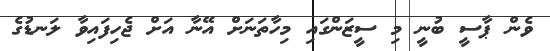
ވެން ޕާސީ ބުނީ މި ސީޒަންގައި މިހާތަނަށް އޭނާ އަށް ޖެހިފައިވާ ލަނޑުގެ